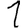
Digit: 1